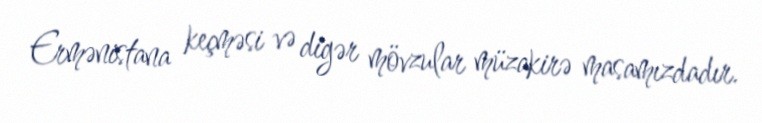
Ermənistana keçməsi və digər mövzular müzakirə masamızdadır.